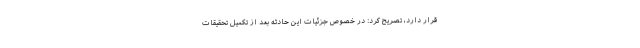
قرار دارد، تصریح کرد: در خصوص جزئیات این حادثه بعد از تکمیل تحقیقات